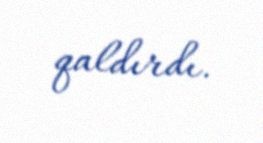
qaldırdı.